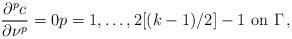
LaTeX: \begin{align*}\displaystyle{\frac{\partial ^p c}{\partial \nu^p}=0 p=1, \ldots, 2 [(k-1)/2] -1 \mbox{ on } \Gamma\,,}\end{align*}